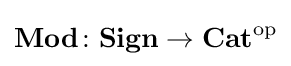
\mathbf {Mod} \colon \mathbf {Sign} \to \mathbf {Cat} ^{\mathrm {op} }